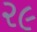
૨૯